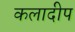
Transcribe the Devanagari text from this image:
कलादीप